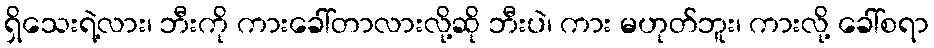
ရှိသေးရဲ့လား၊ ဘီးကို ကားခေါ်တာလားလို့ဆို ဘီးပဲ၊ ကား မဟုတ်ဘူး၊ ကားလို့ ခေါ်စရာ